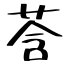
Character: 莟